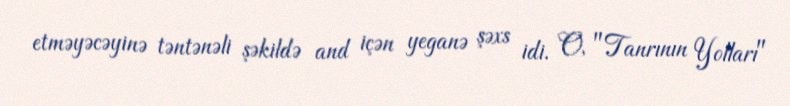
etməyəcəyinə təntənəli şəkildə and içən yeganə şəxs idi. O, "Tanrının Yolları"